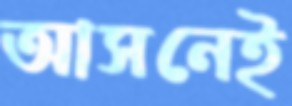
আসনেই